Civil Veterinary Department. Central Provinces & Berar 1925-31 - 1925-1931
Year: 1925
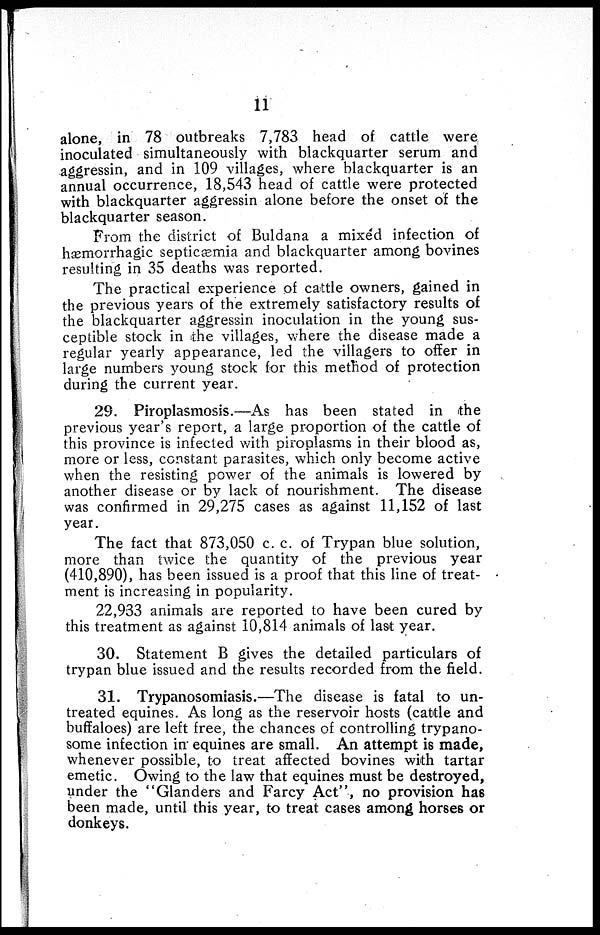
11
alone, in 78 outbreaks 7,783 head of cattle were
inoculated simultaneously with blackquarter serum and
aggressin, and in 109 villages, where blackquarter is an
annual occurrence, 18,543 head of cattle were protected
with blackquarter aggressin alone before the onset of the
blackquarter season.
From the district of Buldana a mixed infection of
hæmorrhagic septicæmia and blackquarter among bovines
resulting in 35 deaths was reported.
The practical experience of cattle owners, gained in
the previous years of the extremely satisfactory results of
the blackquarter aggressin inoculation in the young sus-
ceptible stock in the villages, where the disease made a
regular yearly appearance, led the villagers to offer in
large numbers young stock for this method of protection
during the current year.
29. Piroplasmosis.—As has been stated in the
previous year's report, a large proportion of the cattle of
this province is infected with piroplasms in their blood as,
more or less, constant parasites, which only become active
when the resisting power of the animals is lowered by
another disease or by lack of nourishment. The disease
was confirmed in 29,275 cases as against 11,152 of last
year.
The fact that 873,050 c. c. of Trypan blue solution,
more than twice the quantity of the previous year
(410,890), has been issued is a proof that this line of treat-
ment is increasing in popularity.
22,933 animals are reported to have been cured by
this treatment as against 10,814 animals of last year.
30. Statement B gives the detailed particulars of
trypan blue issued and the results recorded from the field.
31. Trypanosomiasis.—The disease is fatal to un-
treated equines. As long as the reservoir hosts (cattle and
buffaloes) are left free, the chances of controlling trypano-
some infection in equines are small. An attempt is made,
whenever possible, to treat affected bovines with tartar
emetic. Owing to the law that equines must be destroyed,
under the "Glanders and Farcy Act", no provision has
been made, until this year, to treat cases among horses or
donkeys.